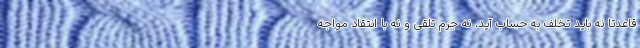
قاعدتا نه باید تخلف به حساب آید، نه جرم تلقی و نه با انتقاد مواجه